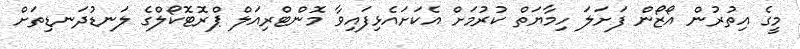
މީގެ އިތުރުން އޯޒޯން ފަށަލަ ހިމާޔަތް ކުރުމަށް އެކަށައެޅިފައިވާ މޮންޓްރިއަލް ޕްރޮޓޮކޯލްގެ ލަނޑުދަނޑިތަށް